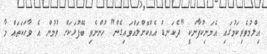
އިލްމުވެރިކަމުގައި އެމަނިކުފާނަކީ "ދެކަނޑު އެއްކޮށްލައްވައިގެން" ހުންނެވި ބޭފުޅަކަށް ވުމުން އެ ވާހަކަތައް މާ